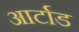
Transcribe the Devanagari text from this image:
आर्टाड